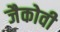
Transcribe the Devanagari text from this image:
जैकोवी